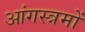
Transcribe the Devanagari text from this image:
आंगस्त्रमों